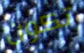
تكون